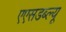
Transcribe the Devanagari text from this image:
एएसडब्ल्यू